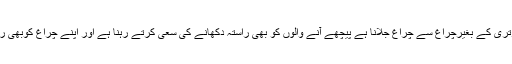
کسی انّا کسی برتری کے بغیرچراغ سے چراغ جلانا ہے پیچھے آنے والوں کو بھی راستہ دکھانے کی سعی کرتے رہنا ہے اور اپنے چراغ کوبھی روشن رکھنا ہے۔